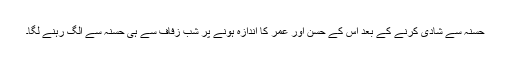
حسنہ سے شادی کرنے کے بعد اس کے حسن اور عمر کا اندازہ ہونے پر شب زفاف سے ہی حسنہ سے الگ رہنے لگا۔